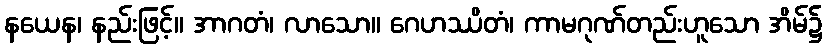
နယေန၊ နည်းဖြင့်။ အာဂတံ၊ လာသော။ ဂေဟဿိတံ၊ ကာမဂုဏ်တည်းဟူသော အိမ်၌